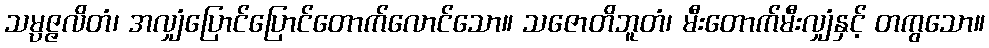
သမ္ပဇ္ဇလိတံ၊ အလျှံပြောင်ပြောင်တောက်လောင်သော။ သဇောတိဘူတံ၊ မီးတောက်မီးလျှံနှင့် တကွသော။